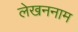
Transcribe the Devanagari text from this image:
लेखननाम